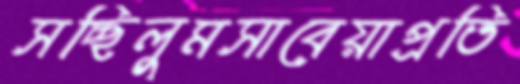
সচ্ছিলুমসাবেয়াপ্রতি